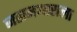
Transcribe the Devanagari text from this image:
जहानआराला